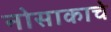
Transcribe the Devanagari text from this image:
नोसाकाचे